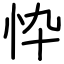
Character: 忰